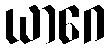
ယာဂေ